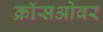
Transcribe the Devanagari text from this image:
क्राॅसओवर